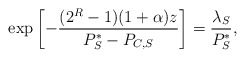
\begin{align*}\exp \left[ - \frac{(2^{R}-1)(1+\alpha)z}{P_S^*-P_{C,S}} \right] = \frac{\lambda_S}{P_S^*},\end{align*}